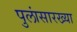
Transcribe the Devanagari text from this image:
पुलांसारख्या